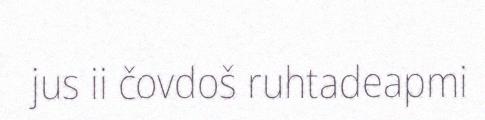
jus ii čovdoš ruhtadeapmi